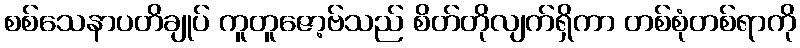
စစ်သေနာပတိချုပ် ကူတူဇော့ဗ်သည် စိတ်တိုလျက်ရှိကာ တစ်စုံတစ်ရာကို